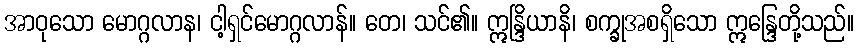
အာဝုသော မောဂ္ဂလာန၊ ငါ့ရှင်မောဂ္ဂလာန်။ တေ၊ သင်၏။ ဣန္ဒြိယာနိ၊ စက္ခုအစရှိသော ဣန္ဒြေတို့သည်။